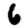
Digit: 6